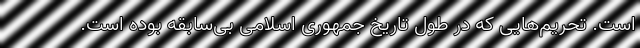
است. تحریم‌هایی که در طول تاریخ جمهوری اسلامی بی‌سابقه بوده است.